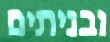
ובניתים